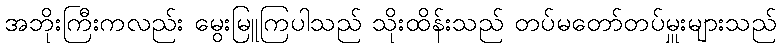
အဘိုးကြီးကလည်း မွေးမြူကြပါသည် သိုးထိန်းသည် တပ်မတော်တပ်မှူးများသည်